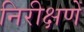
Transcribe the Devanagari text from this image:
निरीक्षणें